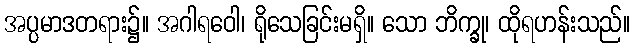
အပ္ပမာဒတရား၌။ အဂါရဝေါ၊ ရိုသေခြင်းမရှိ။ သော ဘိက္ခု၊ ထိုရဟန်းသည်။